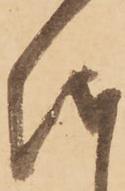
儀